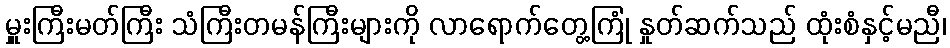
မှူးကြီးမတ်ကြီး သံကြီးတမန်ကြီးများကို လာရောက်တွေ့ကြုံ နှုတ်ဆက်သည် ထုံးစံနှင့်မညီ၊